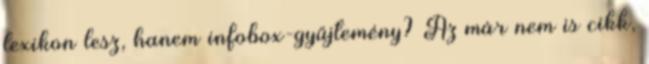
lexikon lesz, hanem infobox-gyűjtemény? Az már nem is cikk,